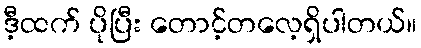
ဒီ့ထက် ပိုပြီး တောင့်တလေ့ရှိပါတယ်။